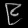
Digit: ၉